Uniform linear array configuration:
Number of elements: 16
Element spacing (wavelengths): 0.25
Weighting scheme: exponential
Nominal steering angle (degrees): -15
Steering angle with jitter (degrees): -13.062
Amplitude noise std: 0.05
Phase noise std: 0.05

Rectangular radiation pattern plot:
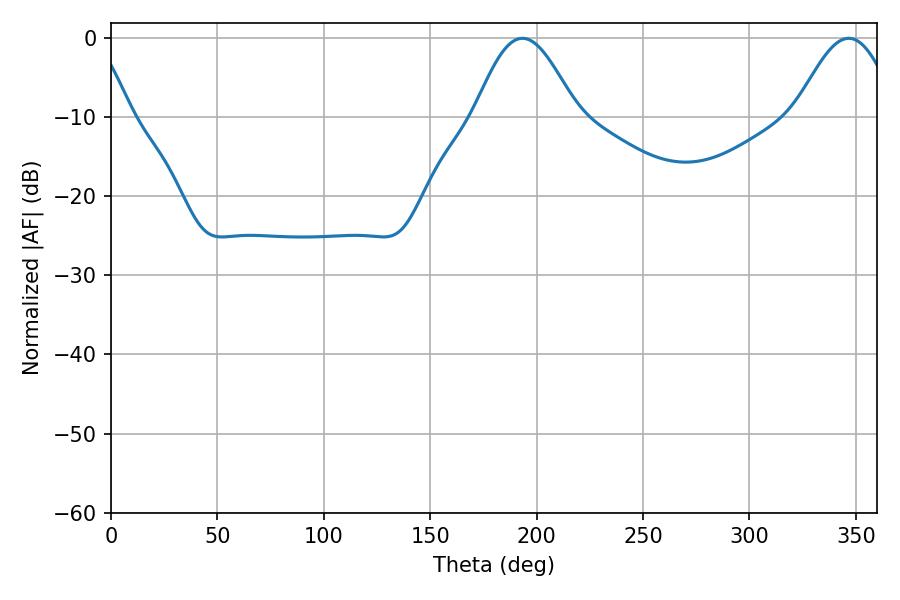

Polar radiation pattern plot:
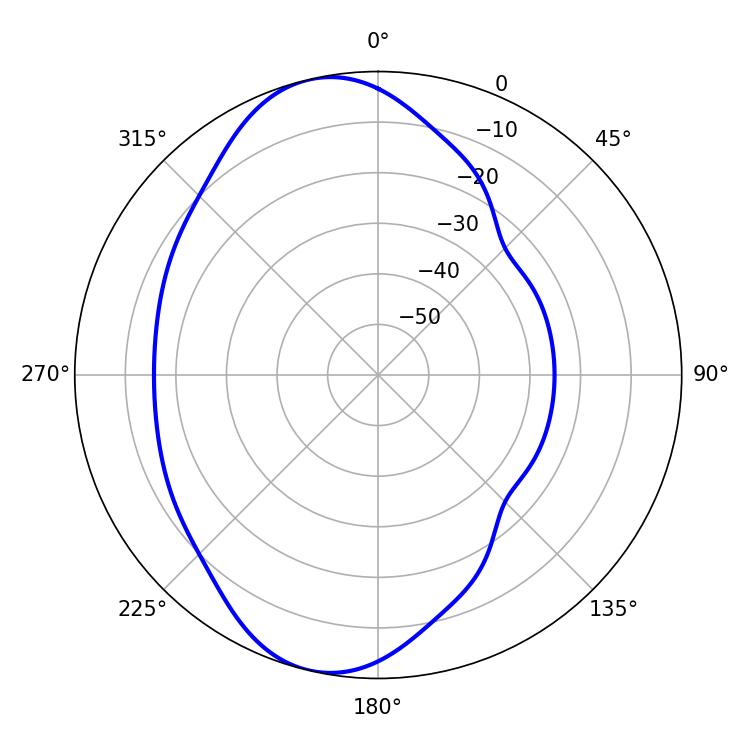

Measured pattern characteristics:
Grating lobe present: FALSE
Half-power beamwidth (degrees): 25.74
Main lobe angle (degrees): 193.32